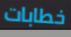
خطابات